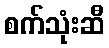
စက်သုံးဆီ